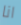
انا